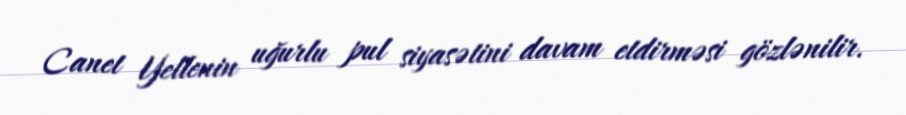
Canet Yellenin uğurlu pul siyasətini davam etdirməsi gözlənilir.